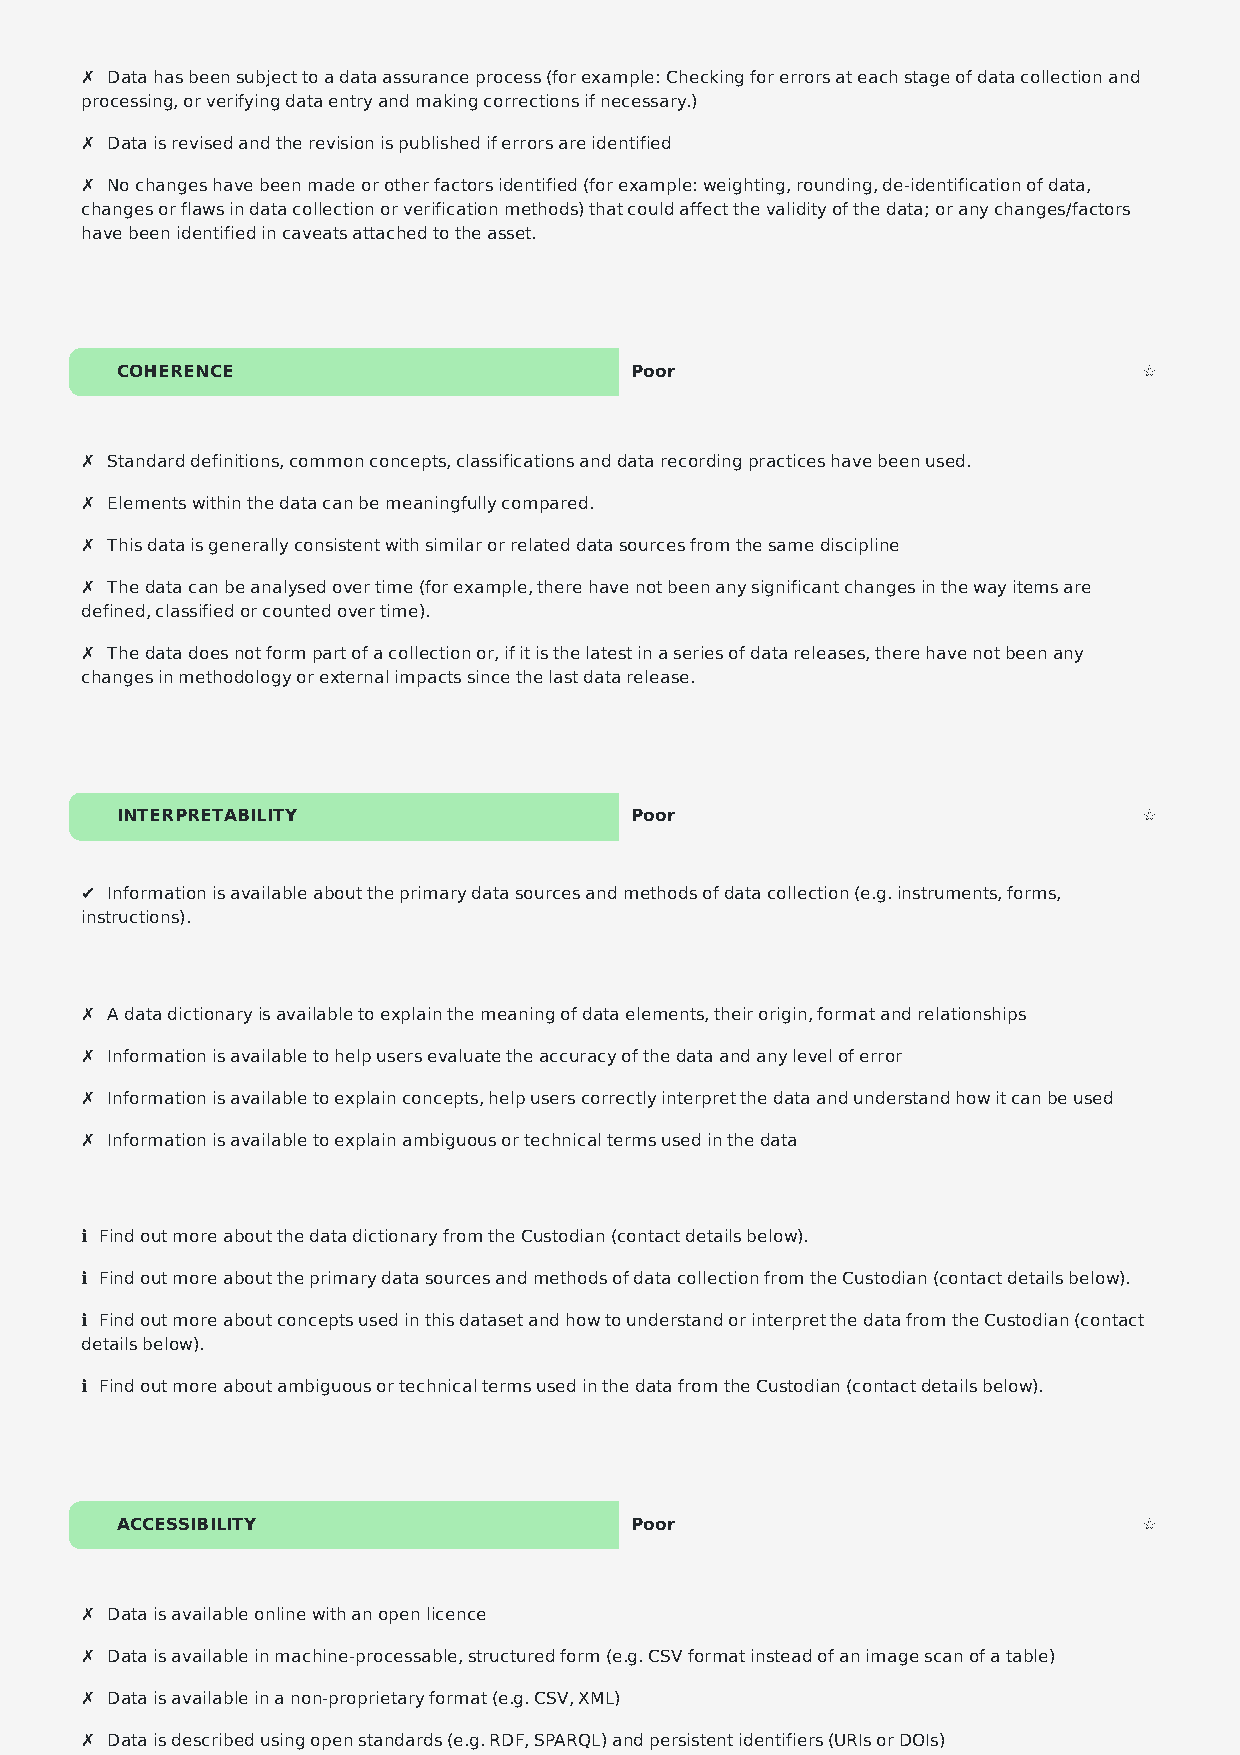
✗ Data has been subject to a data assurance process (for example: Checking for errors at each stage of data collection and
 processing, or verifying data entry and making corrections if necessary.)
 ✗ Data is revised and the revision is published if errors are identified
 ✗ No changes have been made or other factors identified (for example: weighting, rounding, de-identification of data,
 changes or flaws in data collection or verification methods) that could affect the validity of the data; or any changes/factors
 have been identified in caveats attached to the asset.
 COHERENCE                         Poor                              ☆
 ✗ Standard definitions, common concepts, classifications and data recording practices have been used.
 ✗ Elements within the data can be meaningfully compared.
 ✗ This data is generally consistent with similar or related data sources from the same discipline
 ✗ The data can be analysed over time (for example, there have not been any significant changes in the way items are
 defined, classified or counted over time).
 ✗ The data does not form part of a collection or, if it is the latest in a series of data releases, there have not been any
 changes in methodology or external impacts since the last data release.
 INTERPRETABILITY                  Poor                              ☆
 ✔ Information is available about the primary data sources and methods of data collection (e.g. instruments, forms,
 instructions).
 ✗ A data dictionary is available to explain the meaning of data elements, their origin, format and relationships
 ✗ Information is available to help users evaluate the accuracy of the data and any level of error
 ✗ Information is available to explain concepts, help users correctly interpret the data and understand how it can be used
 ✗ Information is available to explain ambiguous or technical terms used in the data
 ℹ Find out more about the data dictionary from the Custodian (contact details below).
 ℹ Find out more about the primary data sources and methods of data collection from the Custodian (contact details below).
 ℹ Find out more about concepts used in this dataset and how to understand or interpret the data from the Custodian (contact
 details below).
 ℹ Find out more about ambiguous or technical terms used in the data from the Custodian (contact details below).
 ACCESSIBILITY                     Poor                              ☆
 ✗ Data is available online with an open licence
 ✗ Data is available in machine-processable, structured form (e.g. CSV format instead of an image scan of a table)
 ✗ Data is available in a non-proprietary format (e.g. CSV, XML)
 ✗ Data is described using open standards (e.g. RDF, SPARQL) and persistent identifiers (URIs or DOIs)